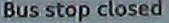
Bus stop closed